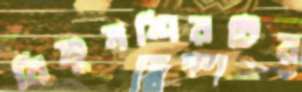
বিষ্ণুমন্দিরটির